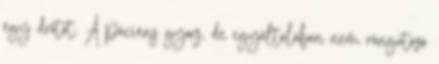
egy drótot. A páciens gyors, de egyáltalában nem rángatózó